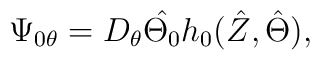
\Psi_{0\theta}=D_{\theta}\hat{\Theta_{0}}h_{0}(\hat Z,\hat\Theta),